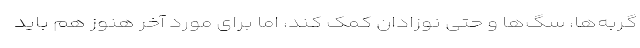
گربه‌ها، سگ‌ها و حتی نوزادان کمک کند، اما برای مورد آخر هنوز هم باید